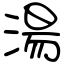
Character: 湯